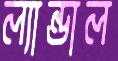
ল্যান্ডাল